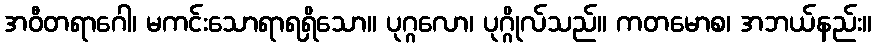
အဝီတရာဂေါ၊ မကင်းသောရာရရှိသော။ ပုဂ္ဂလော၊ ပုဂ္ဂိုလ်သည်။ ကတမောစ၊ အဘယ်နည်း။